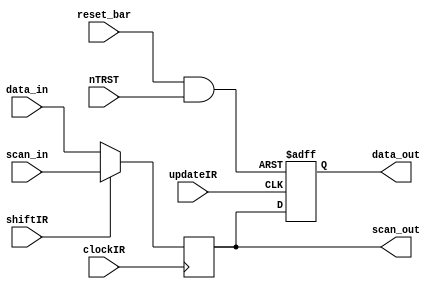
module IR_Cell (data_out, scan_out, data_in, scan_in, shiftIR, reset_bar, nTRST, clockIR, updateIR);

  output 		data_out, scan_out;
  input		data_in, scan_in, shiftIR, reset_bar, nTRST, clockIR, updateIR;
  reg 		data_out, scan_out;
  parameter	SR_value = 0;
  wire 		S_R = reset_bar & nTRST;
  
  always @ (posedge clockIR) scan_out  <= shiftIR ? scan_in: data_in;
  always @ (posedge updateIR or negedge S_R)
    if (S_R == 0) data_out <= SR_value;
    else data_out <= scan_out;

endmodule